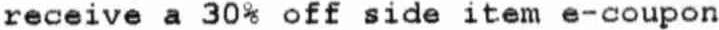
RECEIVE A 30% OFF SIDE ITEM E-COUPON